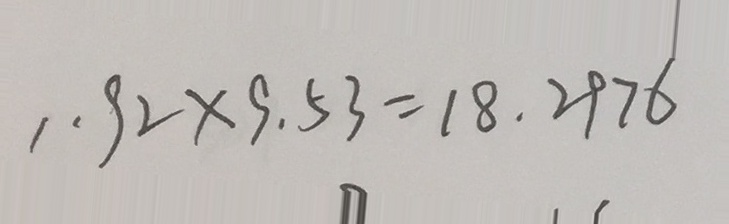
1 . 9 2 \times 9 . 5 3 = 1 8 . 2 9 7 6